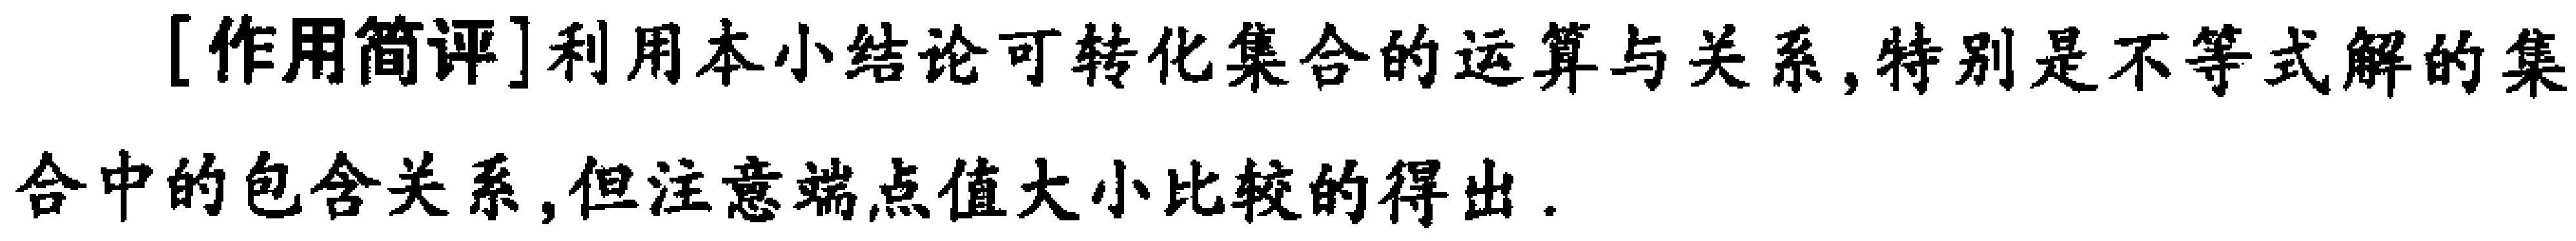
[作用简评]利用本小结论可转化集合的运算与关系,特别是不等式解的集合中的包含关系,但注意端点值大小比较的得出.